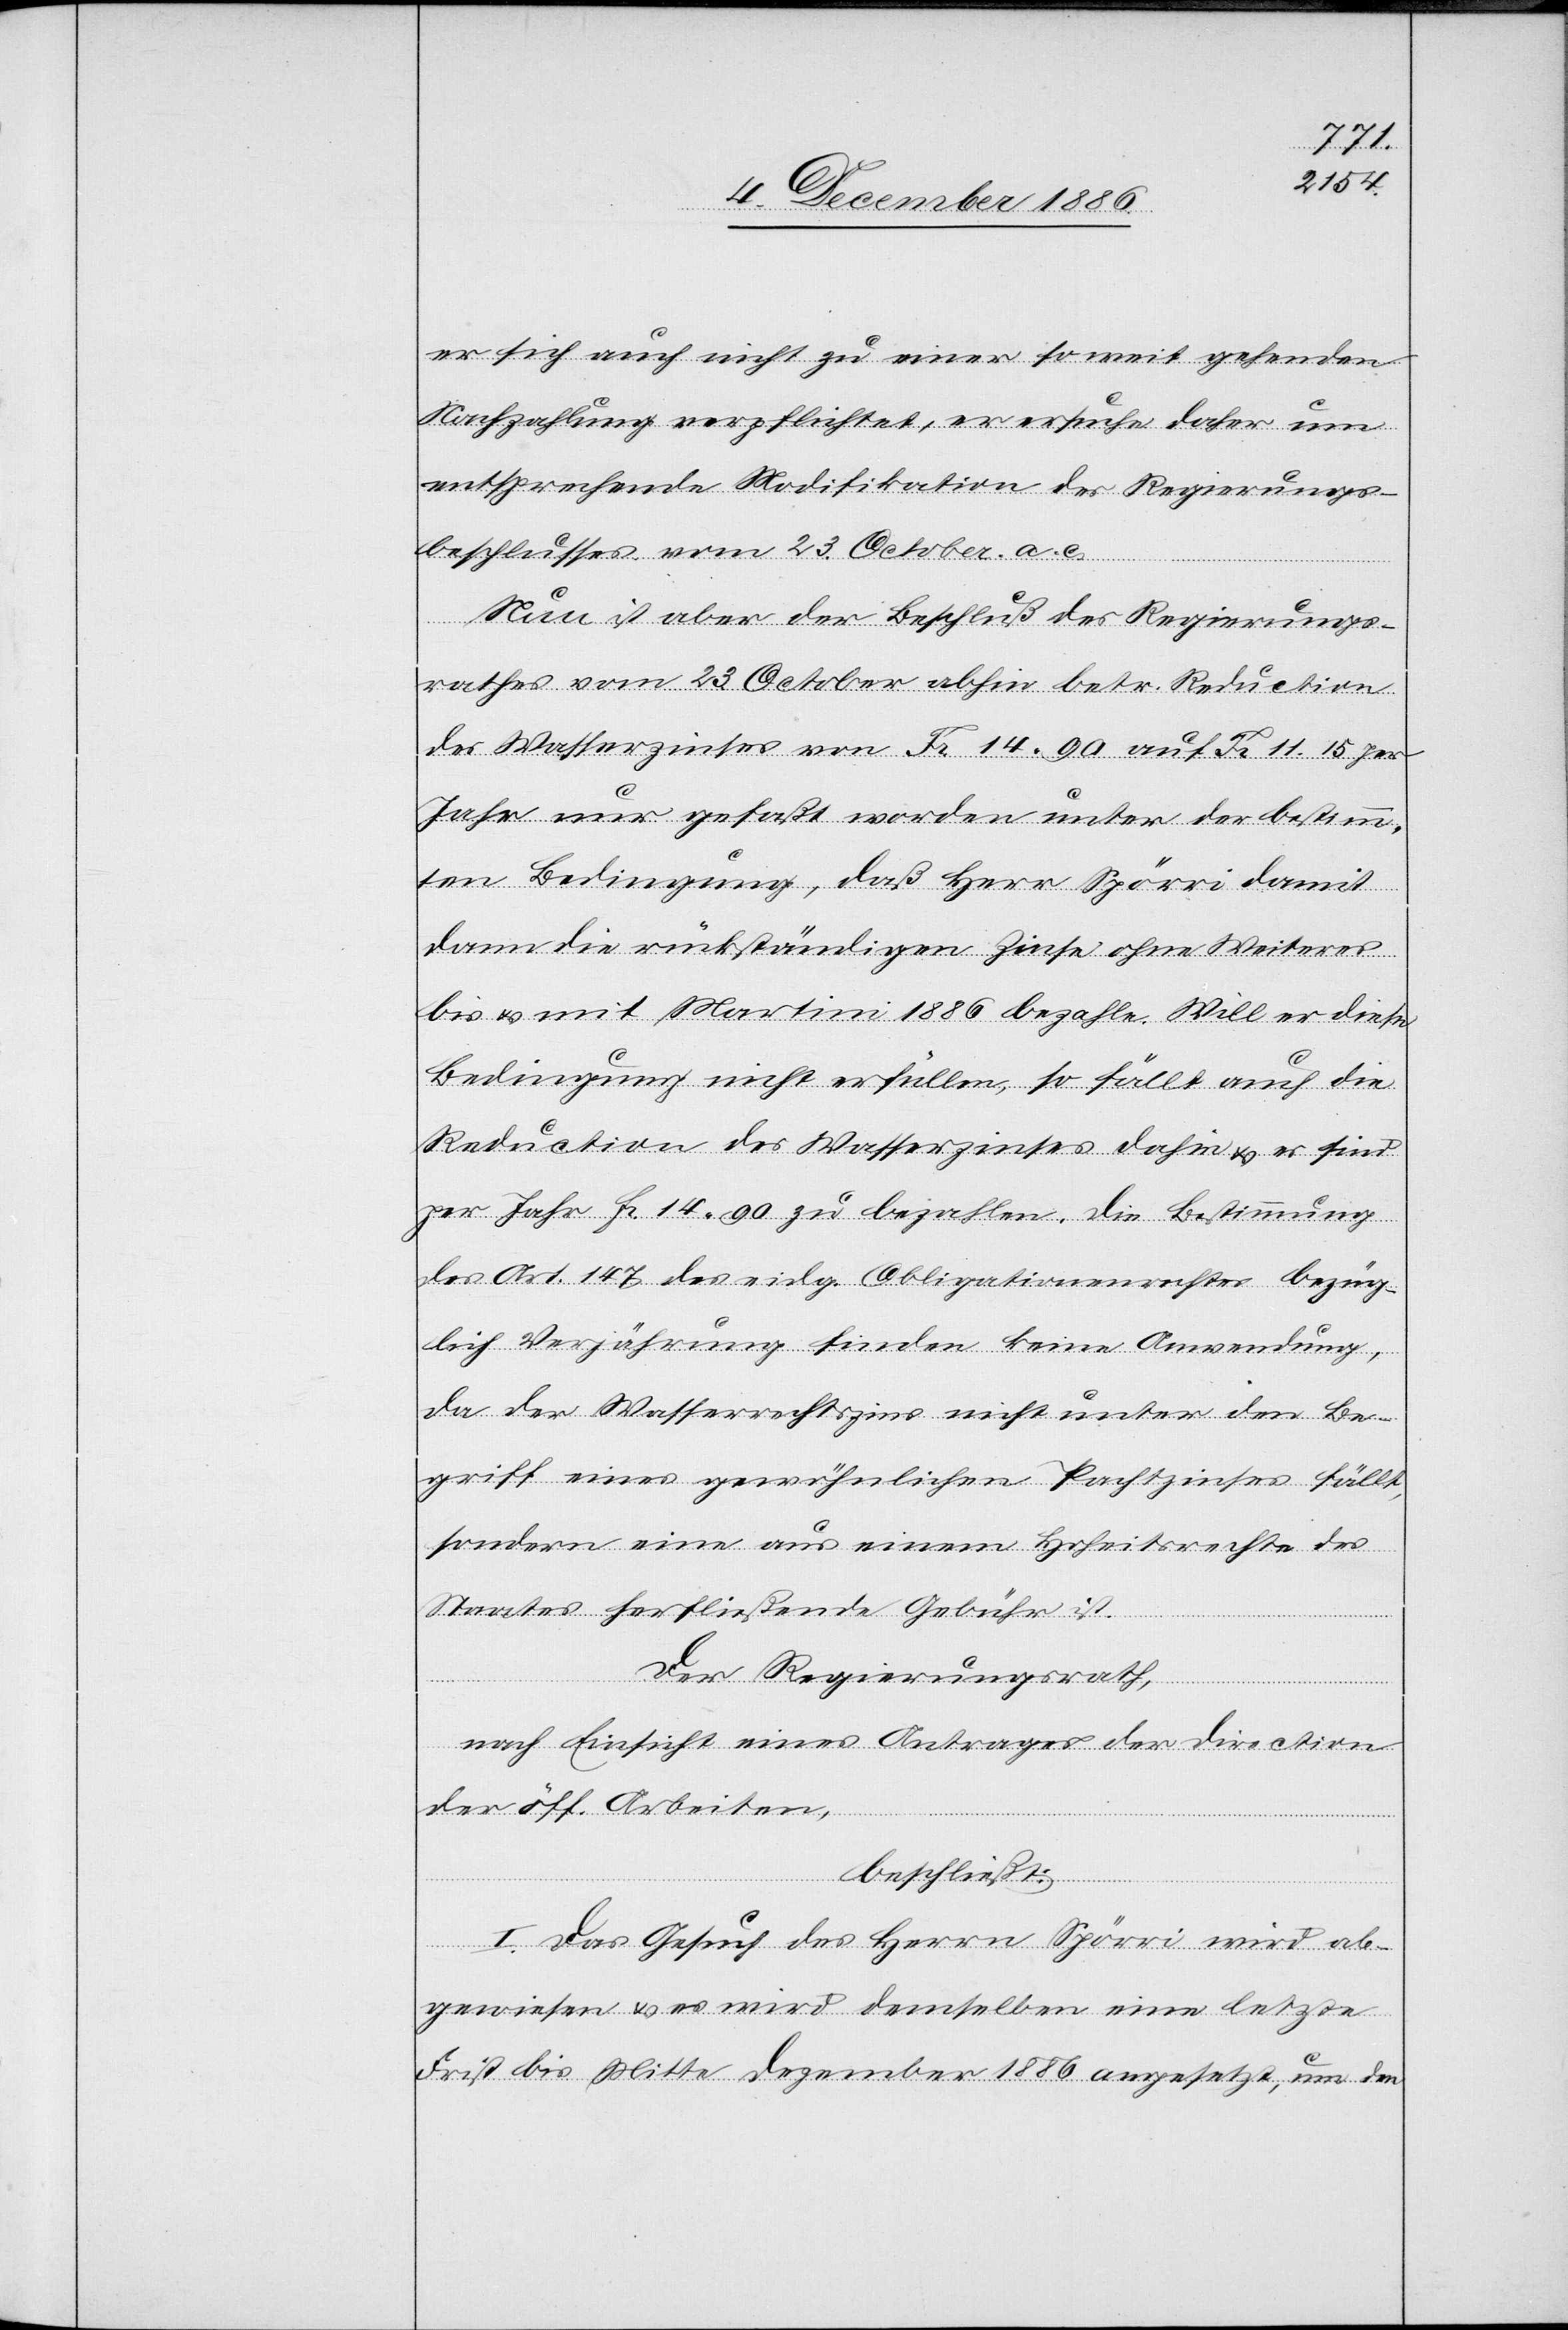
er sich auch nicht zu einer so weit gehenden
Nachzahlung verpflichtet, er ersuche daher um
entsprechende Modifikation des Regierungs¬
beschlusses vom 23. October a. c.
Nun ist aber der Beschluß des Regierungs¬
rathes vom 23. October abhin betr. Reduction
des Wasserzinses von Fr. 14 90 auf Fr. 11.15 per
Jahr nur gefaßt worden unter der bestimm¬
ten Bedingung, daß Herr Spörri damit
dann die rückständigen Zinse ohne Weiteres
bis & mit Martini 1886 bezahle. Will er diese
Bedingung nicht erfüllen, so fällt auch die
Reduction des Wasserzinses dahin & es sind
per Jahr Fr. 14 90 zu bezahlen. Die Bestimmung
des Art. 147 des eidg. Obligationenrechtes bezüg¬
lich Verjährung finden [sic!] keine Anwendung,
da der Wasserrechtszins nicht unter den Be¬
griff eines gewöhnlichen Pachtzinses fällt,
sondern eine aus einem Hoheitsrechte des
Staates herfließende Gebühr ist.
Der Regierungsrath,
nach Einsicht eines Antrages der Direction
der öff. Arbeiten,
beschließt:
I. Das Gesuch des Herrn Spörri wird ab¬
gewiesen & es wird demselben eine letzte
Frist bis Mitte Dezember 1886 angesetzt, um den